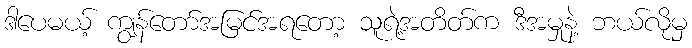
ဒါပေမယ့် ကျွန်တော်အမြင်အရတော့ သူရဲ့အတိတ်က ဒီအမှုနဲ့ ဘယ်လိုမှ